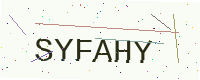
Text: SYFAHY